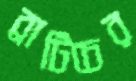
ব্রাটিচের